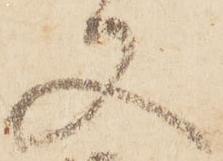
又